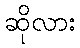
ဆိုလား